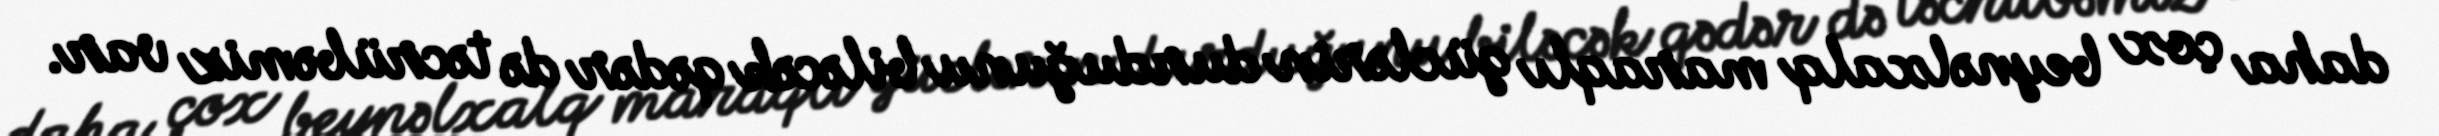
daha çox beynəlxalq maraqlı güclərin durduğunu biləcək qədər də təcrübəmiz var.